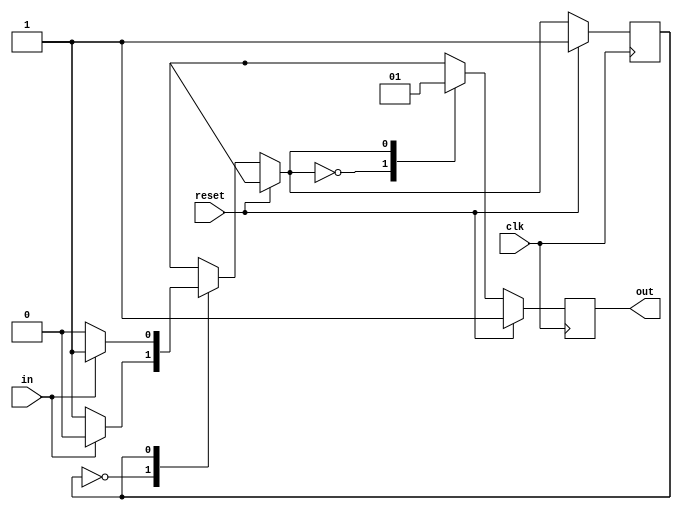
module top_module(clk, reset, in, out);
    input clk;
    input reset;    // Synchronous reset to state B
    input in;
    output out;//  
    reg out;

    // Fill in state name declarations
    parameter A=0, B=1;

    reg present_state, next_state;

    always @(posedge clk) begin
        if (reset) begin  
            // Fill in reset logic
            present_state <= B;
            out = 1;
        end else begin
            case (present_state)
                // Fill in state transition logic
                A: next_state = (in)? A : B;
                B: next_state = (in)? B : A;
            endcase

            // State flip-flops
            present_state = next_state;   

            case (present_state)
                // Fill in output logic
                A: out = 0;
                B: out = 1;
            endcase
        end
    end

endmodule